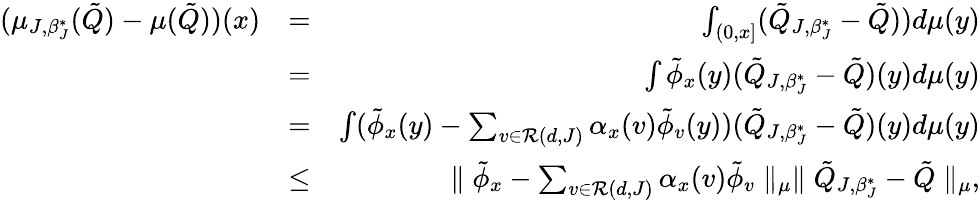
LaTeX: \begin{array}{rlr}{(\mu_{J,\beta_{J}^{*}}(\tilde{Q})-\mu(\tilde{Q}))(x)}&{=}&{\int_{(0,x]}(\tilde{Q}_{J,\beta_{J}^{*}}-\tilde{Q}))d\mu(y)}\\ &{=}&{\int\tilde{\phi}_{x}(y)(\tilde{Q}_{J,\beta_{J}^{*}}-\tilde{Q})(y)d\mu(y)}\\ &{=}&{\int(\tilde{\phi}_{x}(y)-\sum_{v\in{\cal R}(d,J)}\alpha_{x}(v)\tilde{\phi}_{v}(y))(\tilde{Q}_{J,\beta_{J}^{*}}-\tilde{Q})(y)d\mu(y)}\\ &{\leq}&{\parallel\tilde{\phi}_{x}-\sum_{v\in{\cal R}(d,J)}\alpha_{x}(v)\tilde{\phi}_{v}\parallel_{\mu}\parallel\tilde{Q}_{J,\beta_{J}^{*}}-\tilde{Q}\parallel_{\mu},}\end{array}